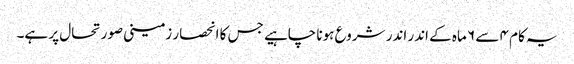
یہ کام ۴ سے ۶ ماہ کے اندر اندر شروع ہونا چاہیے جس کا انحصار زمینی صورتحال پر ہے۔